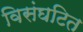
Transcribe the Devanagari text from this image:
विसंघटित